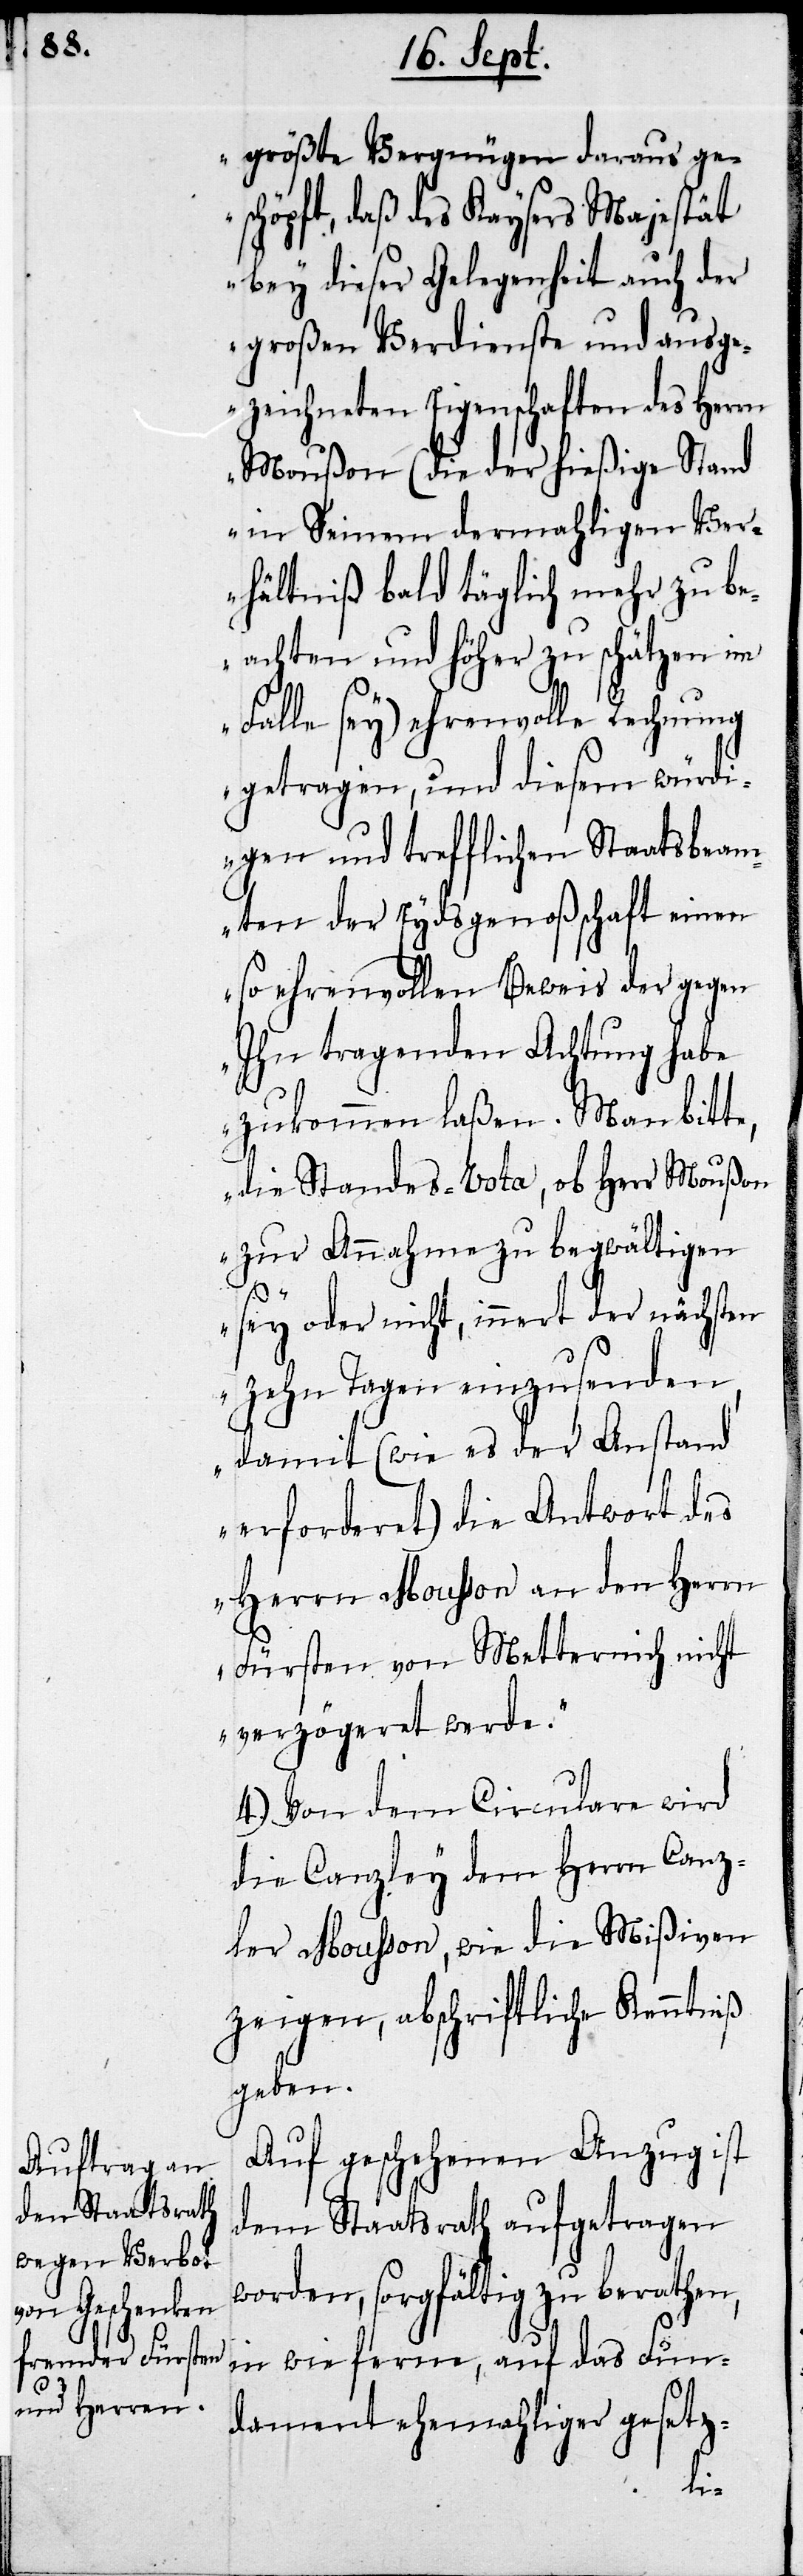
größte Vergnügen daraus ge¬
schöpft, daß des Kaysers Majestät
bey dieser Gelegenheit auch der
großen Verdienste und ausge¬
zeichneten Eigenschaften des Herrn
Mousson (die der hießige Stand
in Seinem dermahligen Ver¬
hältniß bald täglich mehr zu be¬
achten und höher zu schätzen im
Falle sey) ehrenvolle Rechnung
getragen, und diesem würd¬
igen und trefflichen Staatsbeam¬
ten der Eydsgenoßenschaft einen
so ehrenvollen Beweis der gegen
Ihn tragenden Achtung haben
zukommen laßen. Man bit¬
die Standes-Vota, ob Herr Mousson
zu Annahme zu begwältigen
sey oder nicht, innert der nächsten
zehn Tagen einzusenden,
damit (wie es der Anstand
erforderet) die Antwort des
Herrn Mousson an den Herrn
Fürsten von Metternich nicht
verzögeret werde.“
4.) Von dem Circulare wird
die Canzley dem Herrn Canz¬
ler Mousson, wie die Mißiven
zeigen, abschriftliche Kenntniß
gegeben.
Auf geschehenen Anzug ist
dem Staatsrath aufgetragen
worden, sorgfältig zu berathen,
in wie fern, auf das Fun¬
dament ehemaliger gesetz-
te,